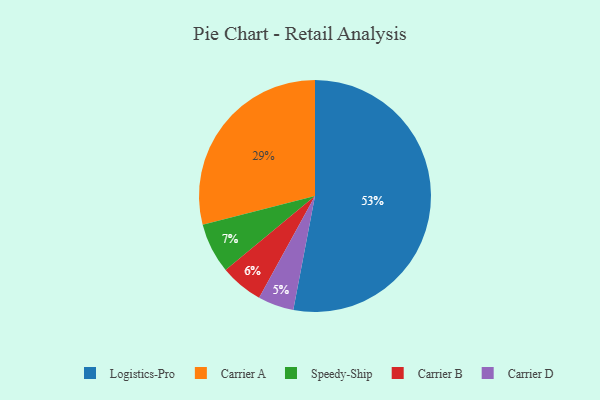
{"axis": {"x": "Category", "y": "Percentage"}, "legend": ["Carrier A", "Carrier B", "Carrier D", "Logistics-Pro", "Speedy-Ship"], "data": [{"x": "Carrier D", "y": 5, "type": "Carrier D"}, {"x": "Carrier B", "y": 6, "type": "Carrier B"}, {"x": "Logistics-Pro", "y": 53, "type": "Logistics-Pro"}, {"x": "Speedy-Ship", "y": 7, "type": "Speedy-Ship"}, {"x": "Carrier A", "y": 29, "type": "Carrier A"}]}